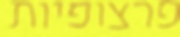
פרצופיות